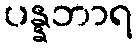
ပန္နဘာရ